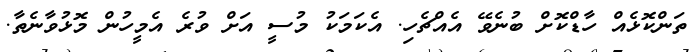
ތަންކޮޅެއް ހާޑްކޮށް ބުނެވޭ އެއްޗެހި. އެކަމަކު މުސީ އަށް ވުރެ އެމީހުން މޮޅުވާނެތާ.